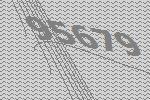
95679